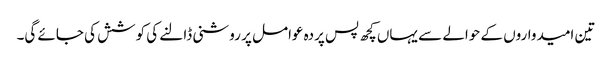
تین امیدواروں کے حوالے سے یہاں کچھ پس پردہ عوامل پر روشنی ڈالنے کی کوشش کی جائے گی۔